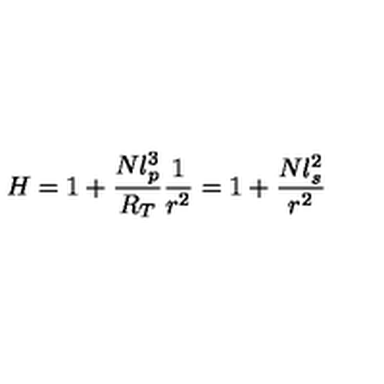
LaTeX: H = 1 + \frac { N l _ { p } ^ { 3 } } { R _ { T } } \frac { 1 } { r ^ { 2 } } = 1 + \frac { N l _ { s } ^ { 2 } } { r ^ { 2 } }